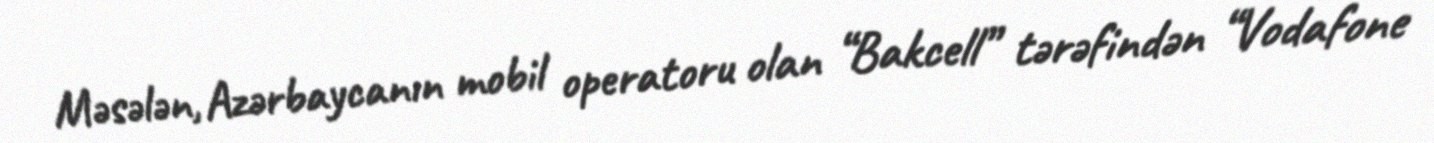
Məsələn, Azərbaycanın mobil operatoru olan “Bakcell” tərəfindən “Vodafone